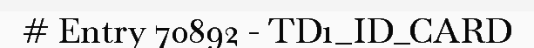
# Entry 70892 - TD1_ID_CARD